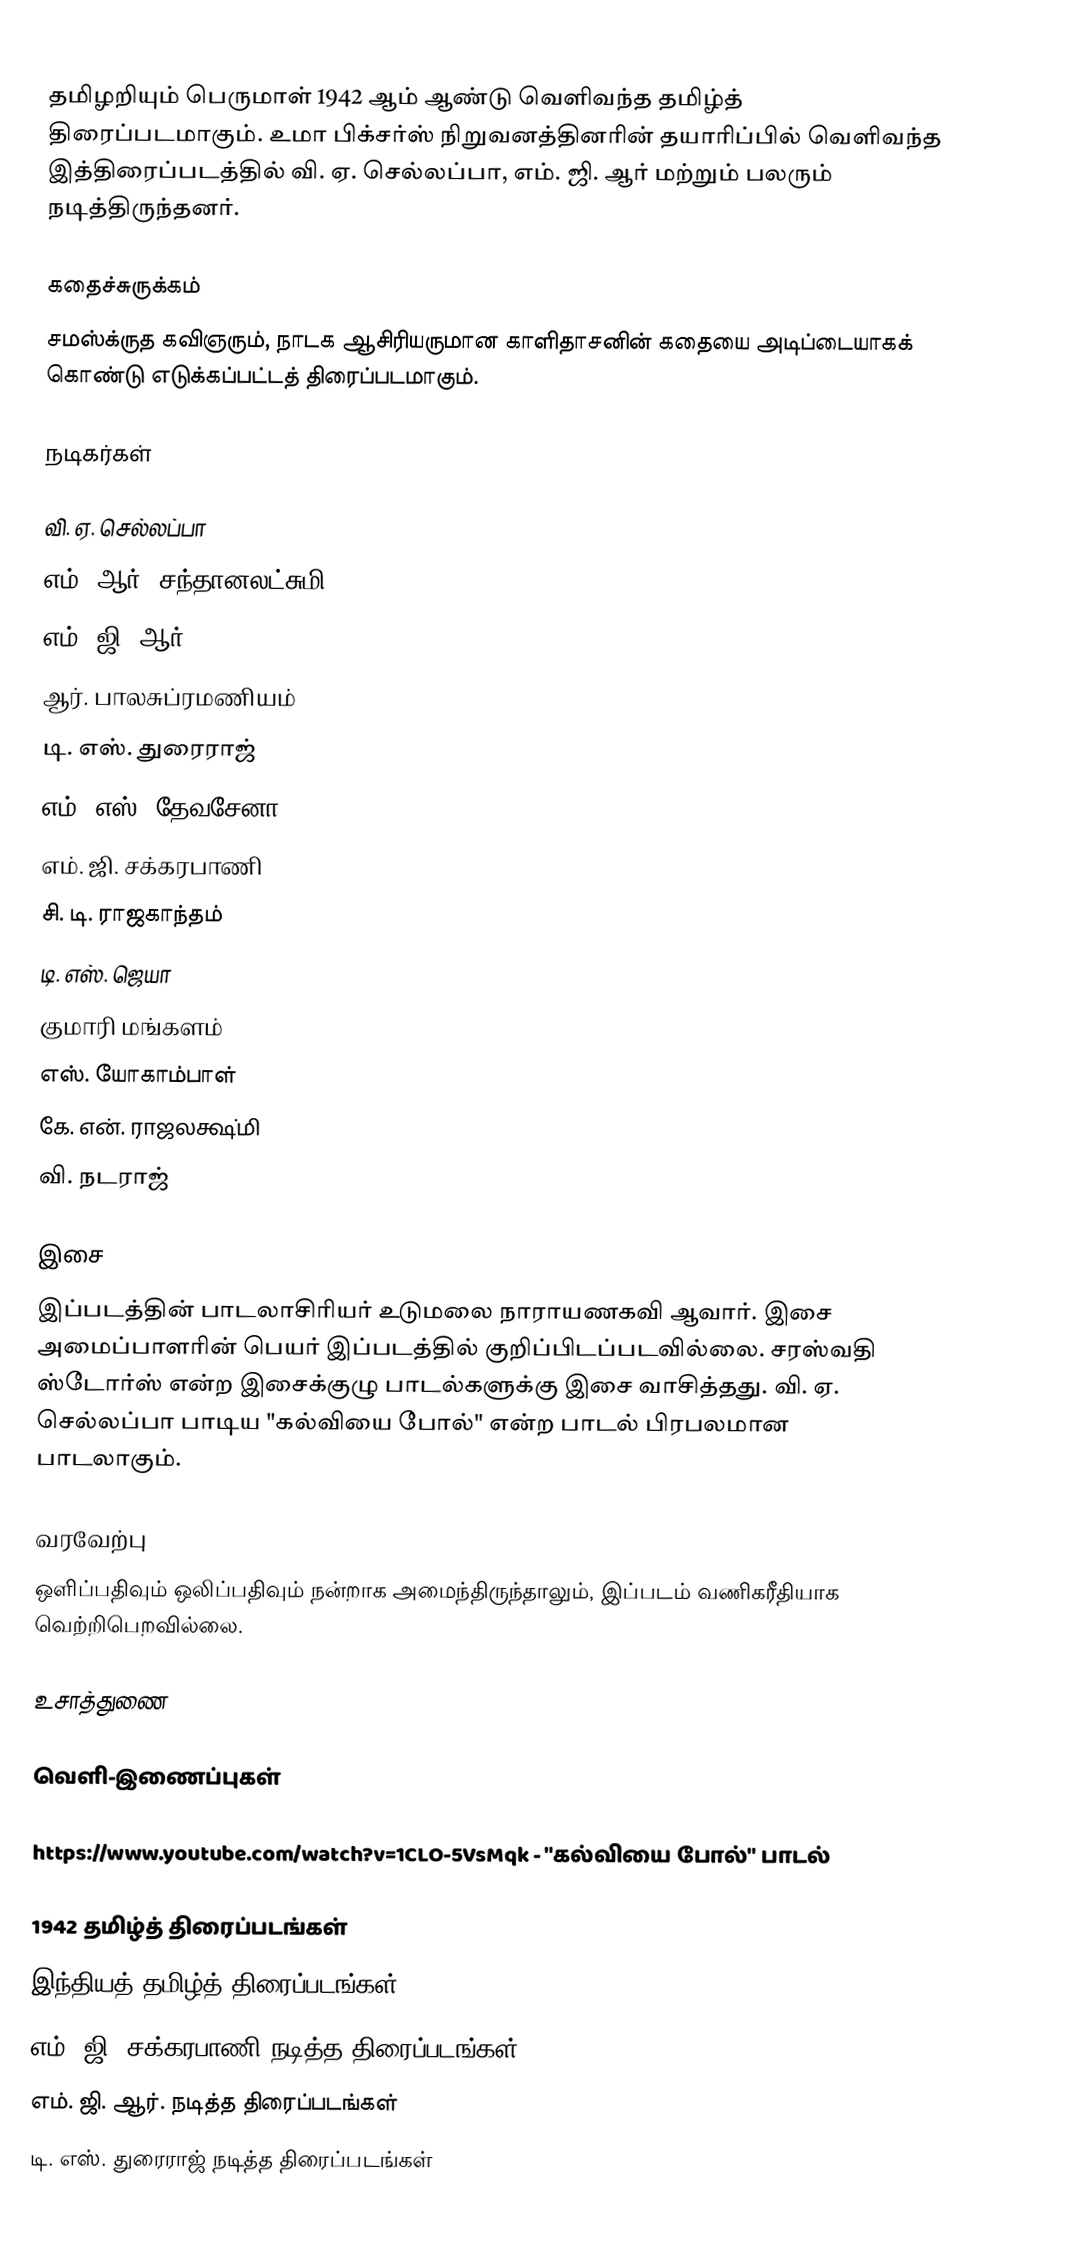
தமிழறியும் பெருமாள் 1942 ஆம் ஆண்டு வெளிவந்த தமிழ்த் திரைப்படமாகும். உமா பிக்சர்ஸ் நிறுவனத்தினரின் தயாரிப்பில் வெளிவந்த இத்திரைப்படத்தில் வி. ஏ. செல்லப்பா, எம். ஜி. ஆர் மற்றும் பலரும் நடித்திருந்தனர்.

கதைச்சுருக்கம்
சமஸ்க்ருத கவிஞரும், நாடக ஆசிரியருமான காளிதாசனின் கதையை அடிப்டையாகக் கொண்டு எடுக்கப்பட்டத் திரைப்படமாகும்.

நடிகர்கள்

 வி. ஏ. செல்லப்பா
 எம். ஆர். சந்தானலட்சுமி
 எம். ஜி. ஆர்
 ஆர். பாலசுப்ரமணியம்
 டி. எஸ். துரைராஜ்
 எம். எஸ். தேவசேனா
 எம். ஜி. சக்கரபாணி
 சி. டி. ராஜகாந்தம்
 டி. எஸ். ஜெயா
 குமாரி மங்களம்
 எஸ். யோகாம்பாள்
 கே. என். ராஜலக்ஷ்மி
 வி. நடராஜ்

இசை
இப்படத்தின் பாடலாசிரியர் உடுமலை நாராயணகவி ஆவார். இசை அமைப்பாளரின் பெயர் இப்படத்தில் குறிப்பிடப்படவில்லை. சரஸ்வதி ஸ்டோர்ஸ் என்ற இசைக்குழு பாடல்களுக்கு இசை வாசித்தது. வி. ஏ. செல்லப்பா பாடிய "கல்வியை போல்" என்ற பாடல் பிரபலமான பாடலாகும்.

வரவேற்பு
ஒளிப்பதிவும் ஒலிப்பதிவும் நன்றாக அமைந்திருந்தாலும், இப்படம் வணிகரீதியாக வெற்றிபெறவில்லை.

உசாத்துணை

வெளி-இணைப்புகள்

 https://www.youtube.com/watch?v=1CLO-5VsMqk - "கல்வியை போல்" பாடல்

1942 தமிழ்த் திரைப்படங்கள்
இந்தியத் தமிழ்த் திரைப்படங்கள்
எம். ஜி. சக்கரபாணி நடித்த திரைப்படங்கள்
எம். ஜி. ஆர். நடித்த திரைப்படங்கள்
டி. எஸ். துரைராஜ் நடித்த திரைப்படங்கள்